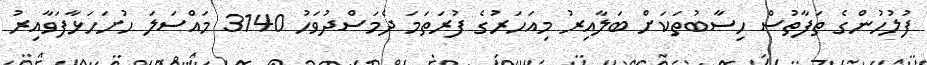
ފުލުހުންގެ ތަފާތުސް ހިސާބުތަކަށް ބަލާއިރު މިއަހަރުގެ ފުރަތަމަ ދެމަސްދުވަހު 3140 މައްސަލަ ހުށަހަޅާފަވާއިރު